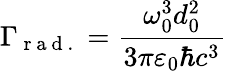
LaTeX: \Gamma_{\mathrm{~r~a~d~.~}}=\frac{\omega_{0}^{3}d_{0}^{2}}{3\pi\varepsilon_{0}\hbar c^{3}}